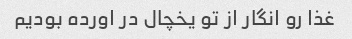
غذا رو انگار از تو یخچال در اورده بودیم